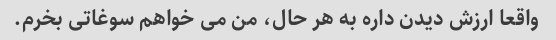
واقعا ارزش دیدن داره به هر حال، من می خواهم سوغاتی بخرم.